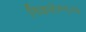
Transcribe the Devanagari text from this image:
निकले।१९०७